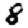
Digit: 8